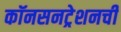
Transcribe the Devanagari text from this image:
कॉनसनट्रेशनची